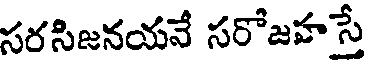
సరసిజనయనే సరోజహస్తే